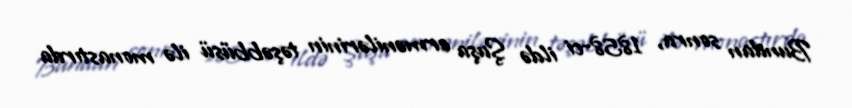
Bundan sonra, 1858-ci ildə Şuşa ermənilərinin təşəbbüsü ilə monastırda